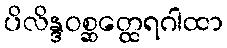
ပိလိန္ဒဝစ္ဆတ္ထေရဂါထာ